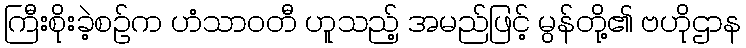
ကြီးစိုးခဲ့စဉ်က ဟံသာဝတီ ဟူသည့် အမည်ဖြင့် မွန်တို့၏ ဗဟိုဌာန